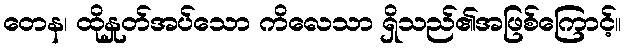
တေန၊ ထိုနှုတ်အပ်သော ကိလေသာ ရှိသည်၏အဖြစ်ကြောင့်။